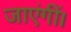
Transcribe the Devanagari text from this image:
जाएंगीं।